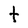
Character: t